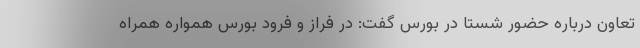
تعاون درباره حضور شستا در بورس گفت: در فراز و فرود بورس همواره همراه